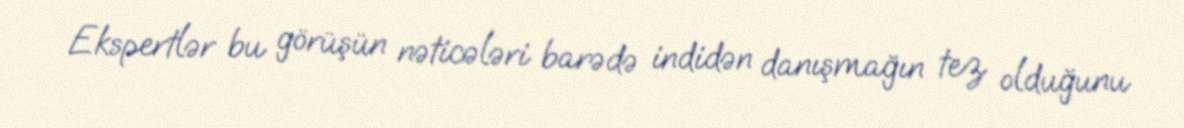
Ekspertlər bu görüşün nəticələri barədə indidən danışmağın tez olduğunu